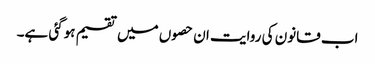
اب قانون کی روایت ان حصوں میں تقسیم ہوگئی ہے۔